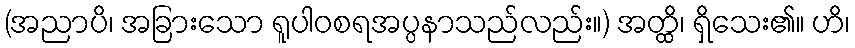
(အညာပိ၊ အခြားသော ရူပါဝစရအပ္ပနာသည်လည်း။) အတ္ထိ၊ ရှိသေး၏။ ဟိ၊